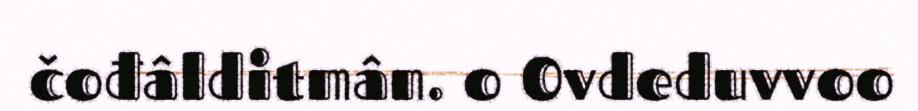
čođâlditmân. o Ovdeduvvoo